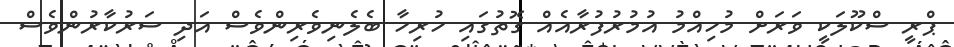
ޕްރީ ސްކޫލަކީ ވަރަށް މުހިއްމު އުމުރުފުރާއެއް ގޮތުގައި ހުރިހާ ބެލެނިވެރިންވެސް އަދި ސަރުކާރުންވެސް